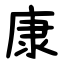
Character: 康